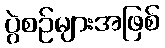
ပွဲစဉ်များအဖြစ်